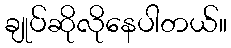
ချုပ်ဆိုလိုနေပါတယ်။